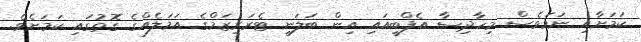
ކަމަށާއި ނަމަވެސް މިހާދިސާ އެފްބީއައި އިން ބަލަނީ ޓެރަރިޒަމްގެ އަމަލެއްގެ ގޮތުގައި ކަމަށެވެ.